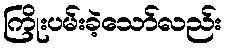
ကြိုးပမ်းခဲ့သော်လည်း